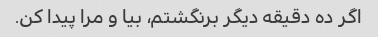
اگر ده دقیقه دیگر برنگشتم، بیا و مرا پیدا کن.